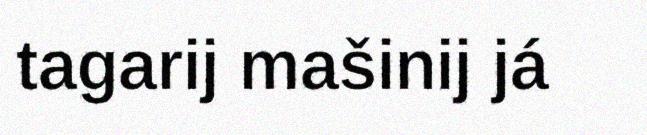
tagarij mašinij já